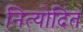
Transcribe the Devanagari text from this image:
नित्योदित